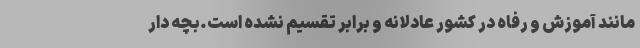
مانند آموزش و رفاه در کشور عادلانه و برابر تقسیم نشده است.بچه دار